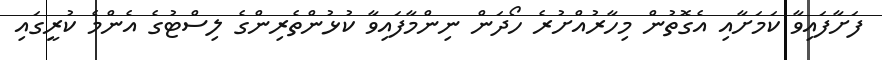
ފަށާފައިވާ ކަމަށާއި އެގޮތުން މިހާރުއްށުރެ ހޯދަން ނިންމާފައިވާ ކުޅުންތެރިންގެ ލިސްޓުގެ އެންމެ ކުރީގައި